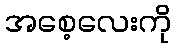
အစေ့လေးကို